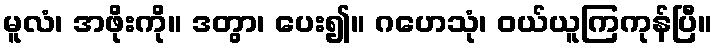
မူလံ၊ အဖိုးကို။ ဒတွာ၊ ပေး၍။ ဂဟေသုံ၊ ဝယ်ယူကြကုန်ပြီ။